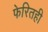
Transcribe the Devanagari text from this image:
फेरितही